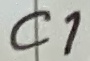
Text: C1